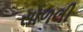
સાળલી